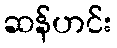
ဆန်ဟင်း